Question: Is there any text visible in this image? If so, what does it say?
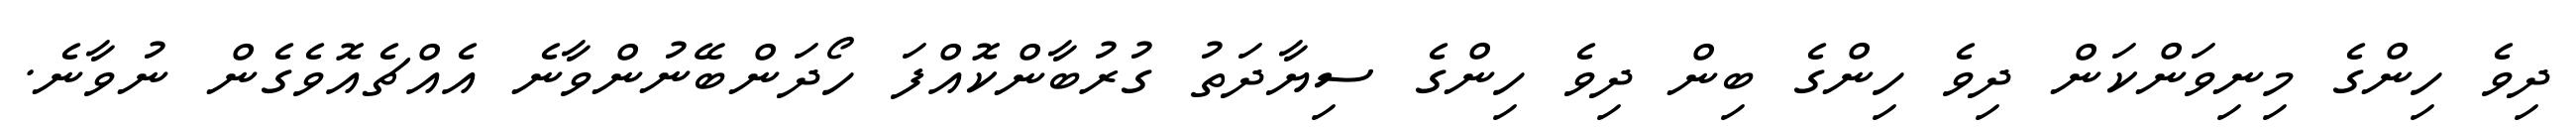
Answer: ދިވެ ހިންގެ މިނިވަންކަން ދިވެ ހިންގެ ބިން ދިވެ ހިންގެ ސިޔާދަތު ގުރުބާންކޮއްފަ ހޯދަންބޭނުންވާނެ އެއްޗެއޮވެގެން ނުވާނެ.